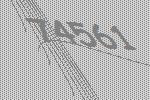
74561